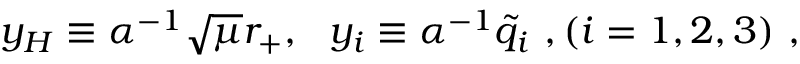
y _ { H } \equiv \alpha ^ { - 1 } \sqrt { \mu } r _ { + } , \ \ y _ { i } \equiv \alpha ^ { - 1 } { { \tilde { q } } _ { i } } \ , ( i = 1 , 2 , 3 ) \ ,